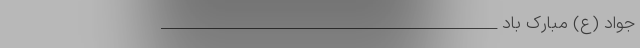
جواد (ع) مبارک باد ________________________________________________